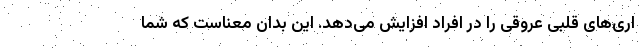
اری‌های قلبی عروقی را در افراد افزایش می‌دهد. این بدان معناست که شما